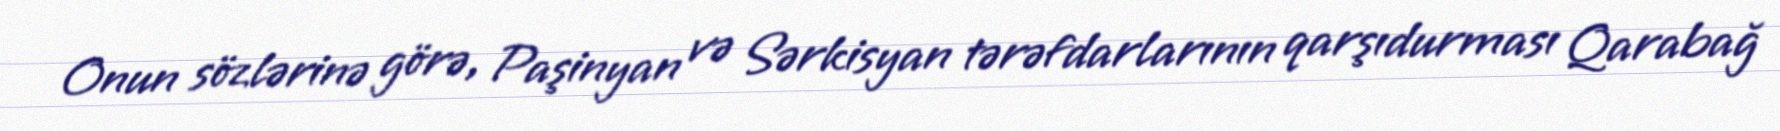
Onun sözlərinə görə, Paşinyan və Sərkisyan tərəfdarlarının qarşıdurması Qarabağ